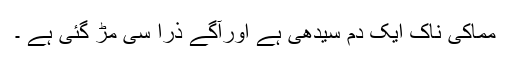
مماکی ناک ایک دم سیدھی ہے اورآگے ذرا سی مڑ گئی ہے ۔